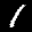
Label: 1